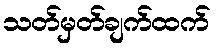
သတ်မှတ်ချက်ထက်